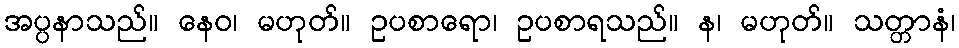
အပ္ပနာသည်။ နေဝ၊ မဟုတ်။ ဥပစာရော၊ ဥပစာရသည်။ န၊ မဟုတ်။ သတ္တာနံ၊